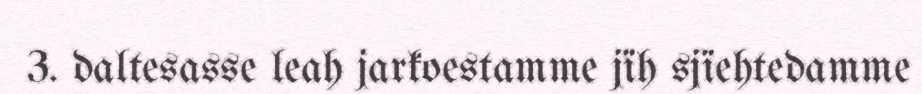
3. daltesasse leah jarkoestamme jïh sjïehtedamme